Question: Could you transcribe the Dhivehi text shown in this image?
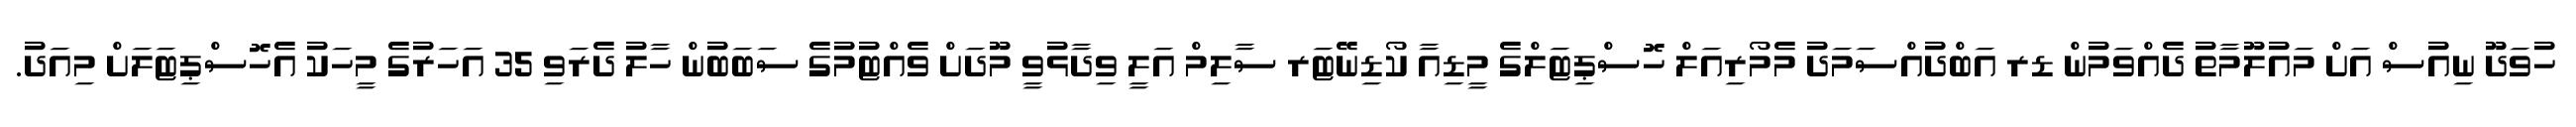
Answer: ހުވަދޫ ނިއުސް އަށް މައުލޫމާތު ދެއްވަމުން ޑރ އަބްދުއްސަމަދު މެމޯރިއަލް ހޮސްޕިޓަލްގެ މީޑިއާ ކޯޑިނޭޓަރ ސާލިމް އަލީ ވިދާޅުވީ މޫދަށް ވެއްޓުމުގެ ސަބަބުން ހާލު ދެރަވި 35 އަހަރުގެ މީހަކު އެހޮސްޕިޓަލަށް މިއަދު.